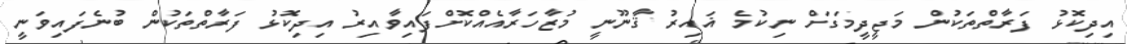
އިދިކޮޅު ފަރާތްތަކުން މަޖީދީމަގަށް ނިކުމެ ޣައިރު ޤާނޫނީ މުޒާހަރާއެއްކޮށްފައިވާއިރު އިދިކޮޅު ފަރާތްތަކުން ބުނެފައިވަނީ